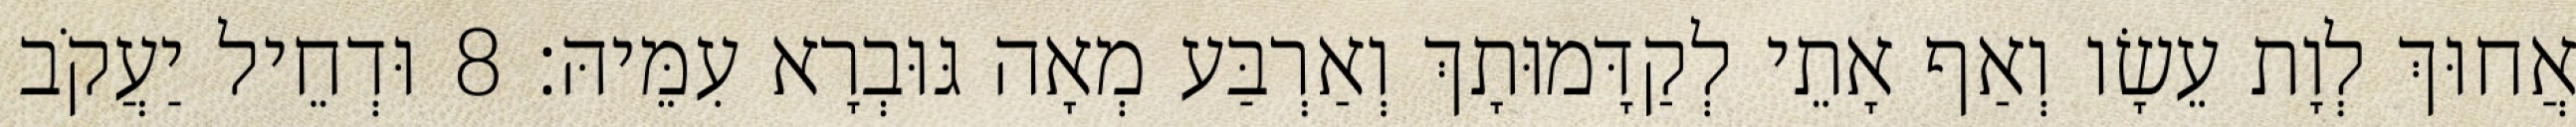
אֲחוּךְ לְוָת עֵשָׂו וְאַף אָתֵי לְקַדָּמוּתָךְ וְאַרְבַּע מְאָה גּוּבְרָא עִמֵּיהּ׃ 8 וּדְחֵיל יַעֲקֹב